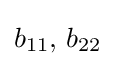
b_{11},\,b_{22}